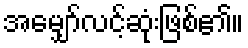
အမျှော်လင့်ဆုံးဖြစ်၏။